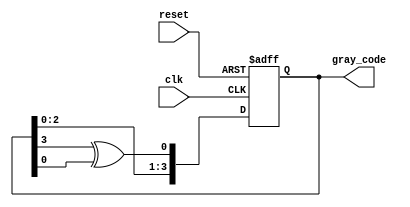
module gray_ring_counter (
    input wire clk,
    input wire reset,
    output reg [3:0] gray_code
);

reg [3:0] q_next;

always @ (posedge clk or posedge reset) begin
    if (reset) begin
        q_next <= 4'b0;
    end else begin
        q_next <= {q_next[2:0], q_next[3] ^ q_next[0]};
    end
end

assign gray_code = q_next;

endmodule